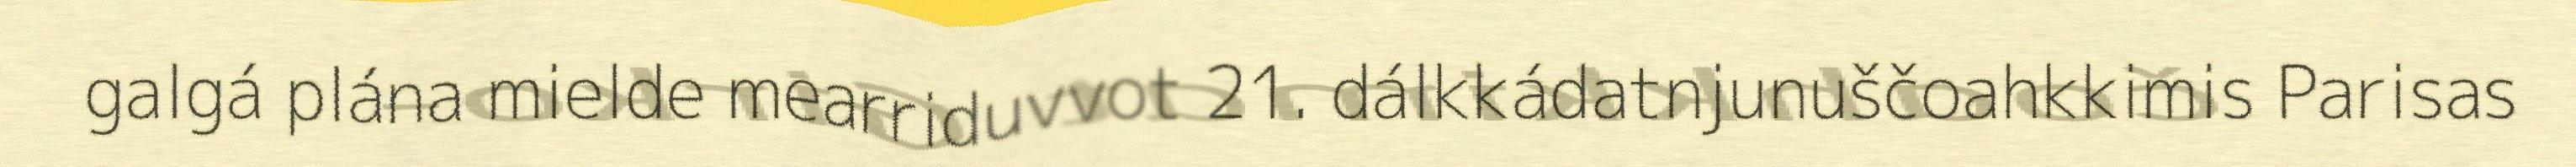
galgá plána mielde mearriduvvot 21. dálkkádatnjunuščoahkkimis Parisas